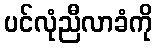
ပင်လုံညီလာခံကို